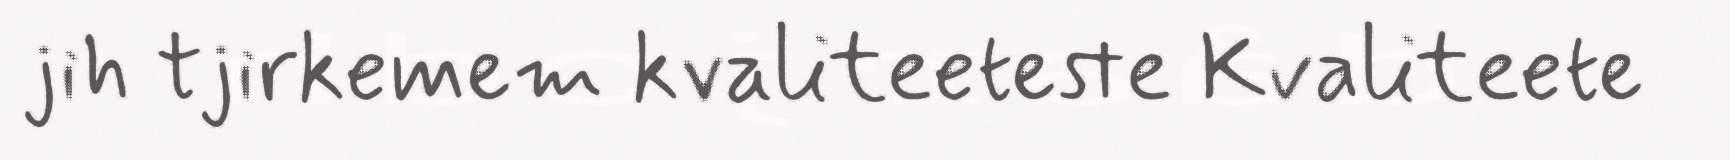
jih tjirkemem kvaliteeteste Kvaliteete